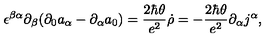
\epsilon ^ { \beta \alpha } \partial _ { \beta } ( \partial _ { 0 } a _ { \alpha } - \partial _ { \alpha } a _ { 0 } ) = { \frac { 2 \hbar \theta } { e ^ { 2 } } } \dot { \rho } = - { \frac { 2 \hbar \theta } { e ^ { 2 } } } \partial _ { \alpha } j ^ { \alpha } ,